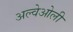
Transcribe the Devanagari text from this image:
अल्वेओली